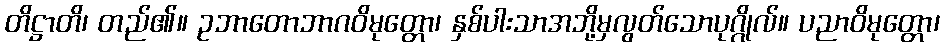
တိဋ္ဌာတိ၊ တည်၏။ ဥဘာတောဘာဂဝိမုတ္တော၊ နှစ်ပါးသာအဘို့မှလွတ်သောပုဂ္ဂိုလ်။ ပညာဝိမုတ္တော၊